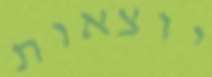
יוצאות